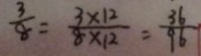
\frac { 3 } { 8 } = \frac { 3 \times 1 2 } { 8 \times 1 2 } = \frac { 3 6 } { 9 6 }